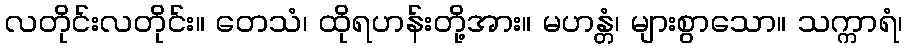
လတိုင်းလတိုင်း။ တေသံ၊ ထိုရဟန်းတို့အား။ မဟန္တံ၊ များစွာသော။ သက္ကာရံ၊